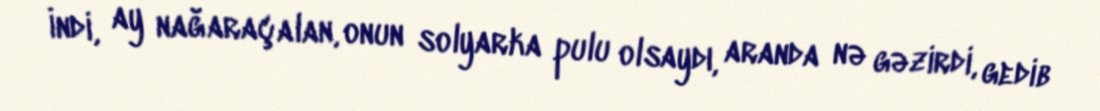
İndi, ay nağaraçalan, onun solyarka pulu olsaydı, aranda nə gəzirdi, gedib